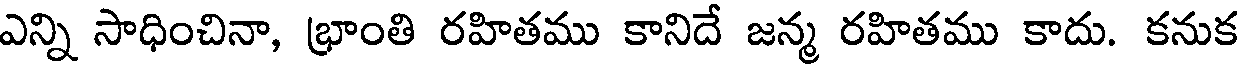
ఎన్ని సాధించినా, భ్రాంతి రహితము కానిదే జన్మ రహితము కాదు. కనుక